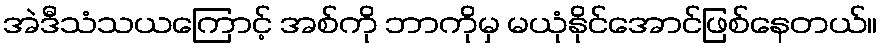
အဲဒီသံသယကြောင့် အစ်ကို ဘာကိုမှ မယုံနိုင်အောင်ဖြစ်နေတယ်။